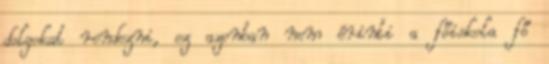
dolgokat rendezni, ez azonban nem érinti a főiskola fő